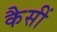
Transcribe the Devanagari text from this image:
कैसीं